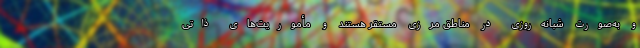
و به‌صورت شبانه‌روزی در مناطق مرزی مستقر هستند و مأموریت‌های ذاتی